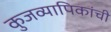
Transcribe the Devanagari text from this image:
कुजव्यापिकांची